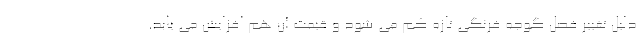
دلیل تغییر فصل گوجه فرنگی تازه کم می شود و قیمت آن هم افزایش می یابد.